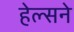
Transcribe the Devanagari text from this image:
हेल्सने